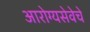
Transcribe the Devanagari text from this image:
आरोग्यसेवेचे